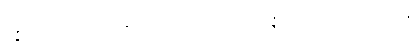
ဝဇ္ဇီမင်းတို့သည်။ (သန္တိ၊ ဖြစ်ကုန်၏။) တေ၊ ထိုဝဇ္ဇီမင်းတို့ကို။ သက္ကရိဿန္တိ၊